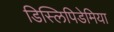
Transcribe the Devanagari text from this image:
डिस्लिपिडेमिया